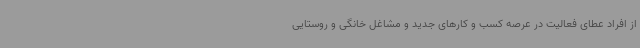
از افراد عطای فعالیت در عرصه کسب و کارهای جدید و مشاغل خانگی و روستایی